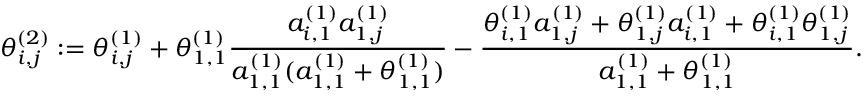
\theta _ { i , j } ^ { ( 2 ) } : = \theta _ { i , j } ^ { ( 1 ) } + \theta _ { 1 , 1 } ^ { ( 1 ) } \frac { a _ { i , 1 } ^ { ( 1 ) } a _ { 1 , j } ^ { ( 1 ) } } { a _ { 1 , 1 } ^ { ( 1 ) } ( a _ { 1 , 1 } ^ { ( 1 ) } + \theta _ { 1 , 1 } ^ { ( 1 ) } ) } - \frac { \theta _ { i , 1 } ^ { ( 1 ) } a _ { 1 , j } ^ { ( 1 ) } + \theta _ { 1 , j } ^ { ( 1 ) } a _ { i , 1 } ^ { ( 1 ) } + \theta _ { i , 1 } ^ { ( 1 ) } \theta _ { 1 , j } ^ { ( 1 ) } } { a _ { 1 , 1 } ^ { ( 1 ) } + \theta _ { 1 , 1 } ^ { ( 1 ) } } .